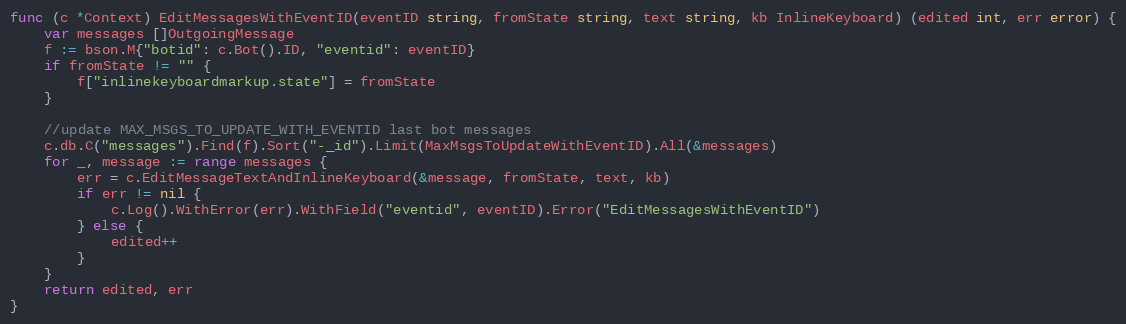
Language: Go
func (c *Context) EditMessagesWithEventID(eventID string, fromState string, text string, kb InlineKeyboard) (edited int, err error) {
	var messages []OutgoingMessage
	f := bson.M{"botid": c.Bot().ID, "eventid": eventID}
	if fromState != "" {
		f["inlinekeyboardmarkup.state"] = fromState
	}

	//update MAX_MSGS_TO_UPDATE_WITH_EVENTID last bot messages
	c.db.C("messages").Find(f).Sort("-_id").Limit(MaxMsgsToUpdateWithEventID).All(&messages)
	for _, message := range messages {
		err = c.EditMessageTextAndInlineKeyboard(&message, fromState, text, kb)
		if err != nil {
			c.Log().WithError(err).WithField("eventid", eventID).Error("EditMessagesWithEventID")
		} else {
			edited++
		}
	}
	return edited, err
}